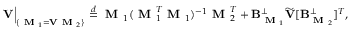
\mathbf { V } \Big \lvert _ { \{ \textbf { M } _ { 1 } = \mathbf { V } \textbf { M } _ { 2 } \} } \overset { d } { = } \textbf { M } _ { 1 } ( \textbf { M } _ { 1 } ^ { T } \textbf { M } _ { 1 } ) ^ { - 1 } \textbf { M } _ { 2 } ^ { T } + \mathbf { B } _ { \textbf { M } _ { 1 } } ^ { \perp } \widetilde { \mathbf { V } } [ \mathbf { B } _ { \textbf { M } _ { 2 } } ^ { \perp } ] ^ { T } ,